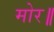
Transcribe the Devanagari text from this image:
मोर॥